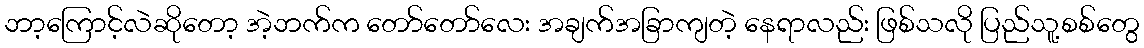
ဘာ့ကြောင့်လဲဆိုတော့ အဲ့ဘက်က တော်တော်လေး အချက်အခြာကျတဲ့ နေရာလည်း ဖြစ်သလို ပြည်သူ့စစ်တွေ